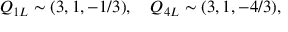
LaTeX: Q _ { 1 L } \sim ( 3 , 1 , - 1 / 3 ) , ~ ~ ~ Q _ { 4 L } \sim ( 3 , 1 , - 4 / 3 ) ,